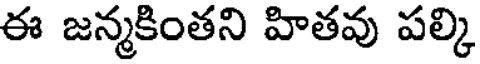
ఈ జన్మకింతని హితవు పల్కి